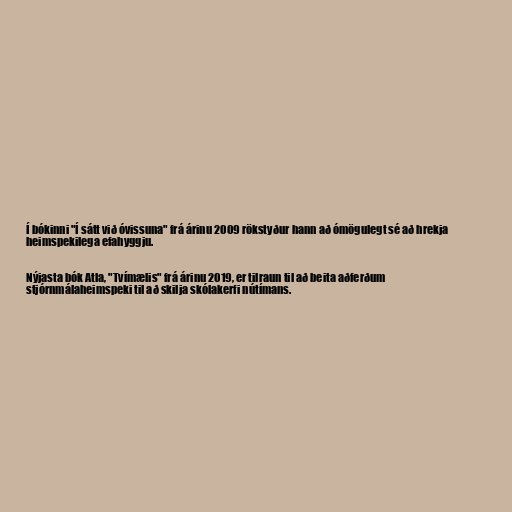
Í bókinni "Í sátt við óvissuna" frá árinu 2009 rökstyður hann að ómögulegt sé að hrekja
heimspekilega efahyggju.

Nýjasta bók Atla, "Tvímælis" frá árinu 2019, er tilraun til að beita aðferðum
stjórnmálaheimspeki til að skilja skólakerfi nútímans.